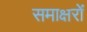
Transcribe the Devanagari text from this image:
समाक्षरों